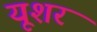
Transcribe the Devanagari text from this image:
यूशर